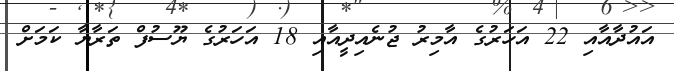
އައުދާއާއި 22 އަހަރުގެ އާމިރު ޖުނެއިދީއާއި 18 އަހަރުގެ ޔޫސުފް ތަރާޔާ ކަމަށް